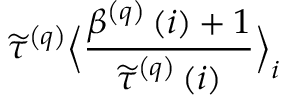
\widetilde { \tau } ^ { \left( q \right) } \Big \langle \frac { \beta ^ { \left( q \right) } \left( i \right) + 1 } { \widetilde { \tau } ^ { \left( q \right) } \left( i \right) } \Big \rangle _ { i }